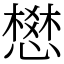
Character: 𢡟